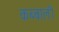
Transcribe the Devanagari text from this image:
कब्बाली